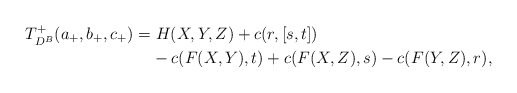
\begin{align*} T^+_{D^B}(a_+,b_+,c_+) & {} = H(X,Y,Z) + c(r,[s,t])\\ & \phantom{ {} =} - c(F(X,Y),t) + c(F(X,Z),s) - c(F(Y,Z),r),\end{align*}